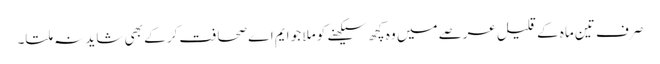
صرف تین ماہ کے قلیل عرصے میں وہ کچھ سیکھنے کو ملا جو ایم اے صحافت کر کے بھی شاید نہ ملتا۔